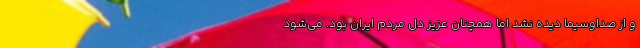
و از صداوسیما دیده نشد اما همچنان عزیز دل مردم ایران بود. می‌شود